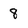
Character: 8